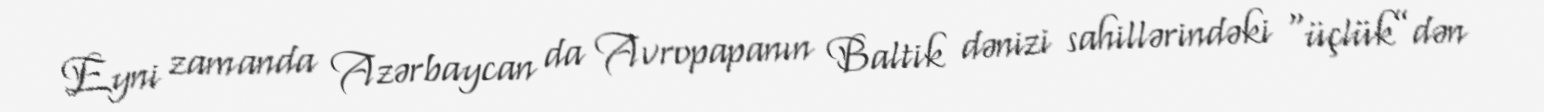
Eyni zamanda Azərbaycan da Avropapanın Baltik dənizi sahillərindəki “üçlük”dən